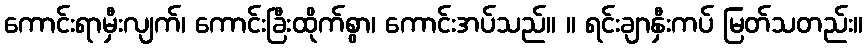
ကောင်းရာမှီးလျက်၊ ကောင်းခြီးထိုက်စွာ၊ ကောင်းအပ်သည်။ ။ ရင်းချာနှီးကပ် မြတ်သတည်း။